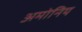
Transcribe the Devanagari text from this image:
अमोनिय